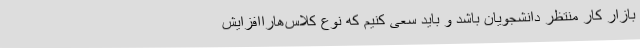
بازار کار منتظر دانشجویان باشد و باید سعی کنیم که نوع کلاس‌هاراافزایش